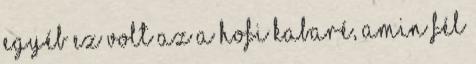
Egyéb Ez volt az a Hofi kabaré, amin fél